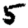
Digit: 5